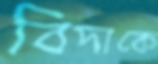
বিদাকে